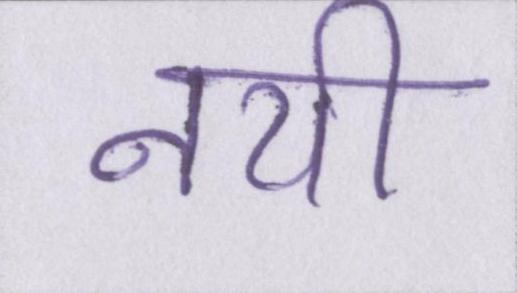
नयी